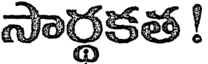
సార్థకత !